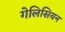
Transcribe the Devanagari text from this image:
गेलिसियन